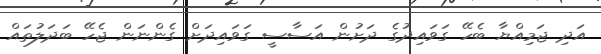
އަދި ޖަމިއްޔާ ބެހޭ ގަވައިދުގެ ދަށުން އަސާސީ ގަވައިދަށް ގެންނަން ޖެހޭ ބަދަލުތައް